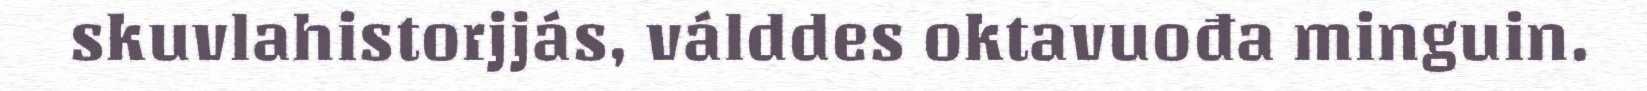
skuvlahistorjjás, válddes oktavuođa minguin.